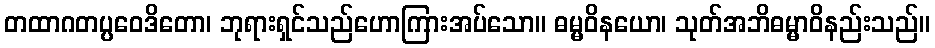
တထာဂတပ္ပဝေဒိတော၊ ဘုရားရှင်သည်ဟောကြားအပ်သော။ ဓမ္မဝိနယော၊ သုတ်အဘိဓမ္မာဝိနည်းသည်။